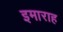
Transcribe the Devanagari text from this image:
इमाराह